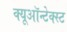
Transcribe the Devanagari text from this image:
क्यूऑन्टेक्स्ट